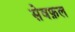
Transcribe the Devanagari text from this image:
सेवफ़ल